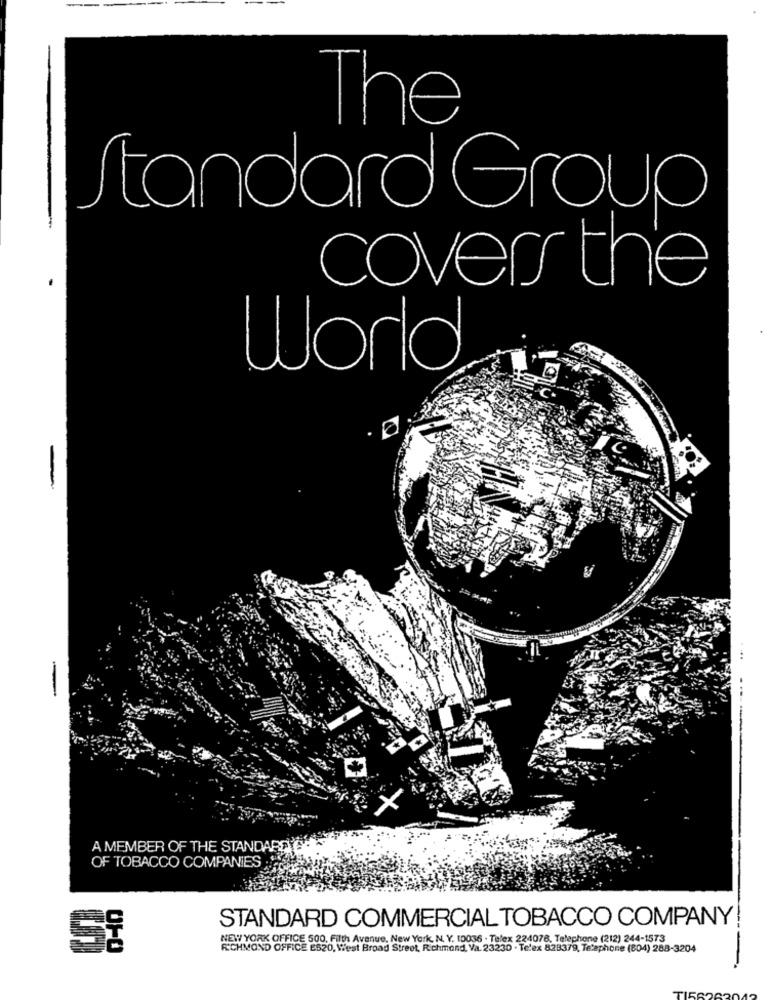
The
Standard Group
cover the
World
-
A MEMBER OF THE STANDAR
OF TOBACCO COMPANIES
STANDARD COMMERCIAL TOBACCO COMPANY
NEW YORK OFFICE 500, Filth Avenue, New York, N. Y. 10036 - Telex 224078, Telephone (212) 244-1573
RICHMOND OFFICE ES20, West Broad Street, Richmond, Va. 23230 - Telex 823379, Telephone (804) 288-3204
-